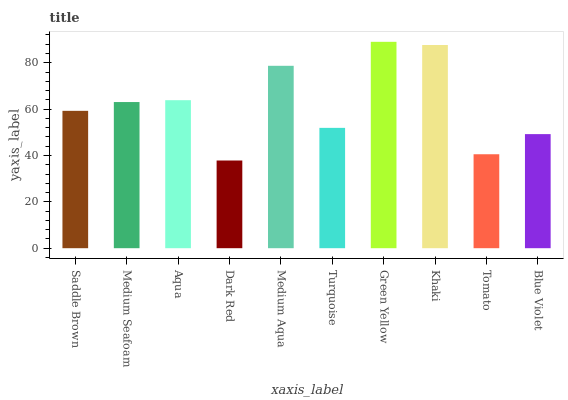
| xaxis_label | bars |
 | --- | --- |
 | Saddle Brown | 59.2 |
 | Medium Seafoam | 63 |
 | Aqua | 63.8 |
 | Dark Red | 37.8 |
 | Medium Aqua | 78.7 |
 | Turquoise | 51.9 |
 | Green Yellow | 89 |
 | Khaki | 87.6 |
 | Tomato | 40.5 |
 | Blue Violet | 49.2 |